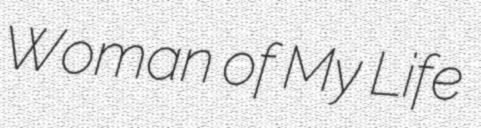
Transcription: Woman of My Life